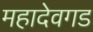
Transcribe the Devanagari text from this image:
महादेवगड